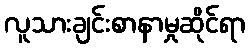
လူသားချင်းစာနာမှုဆိုင်ရာ